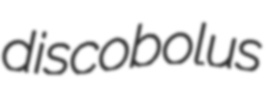
discobolus